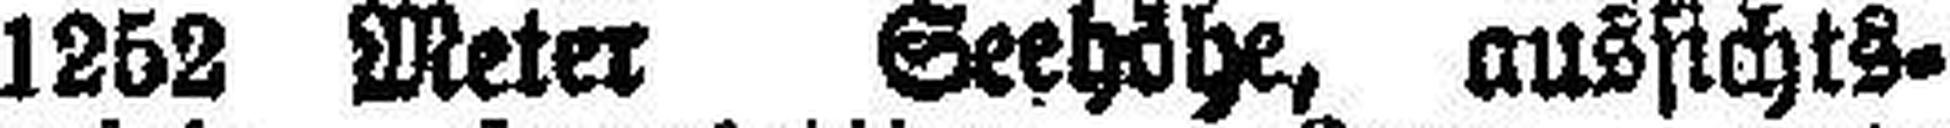
1252 Meter Seehöhe, aussichts¬